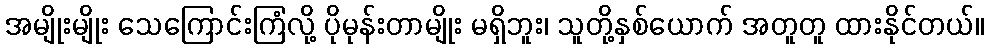
အမျိုးမျိုး သေကြောင်းကြံလို့ ပိုမုန်းတာမျိုး မရှိဘူး၊ သူတို့နှစ်ယောက် အတူတူ ထားနိုင်တယ်။